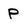
Character: p